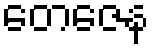
တေဇေန